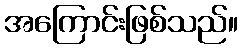
အကြောင်းဖြစ်သည်။